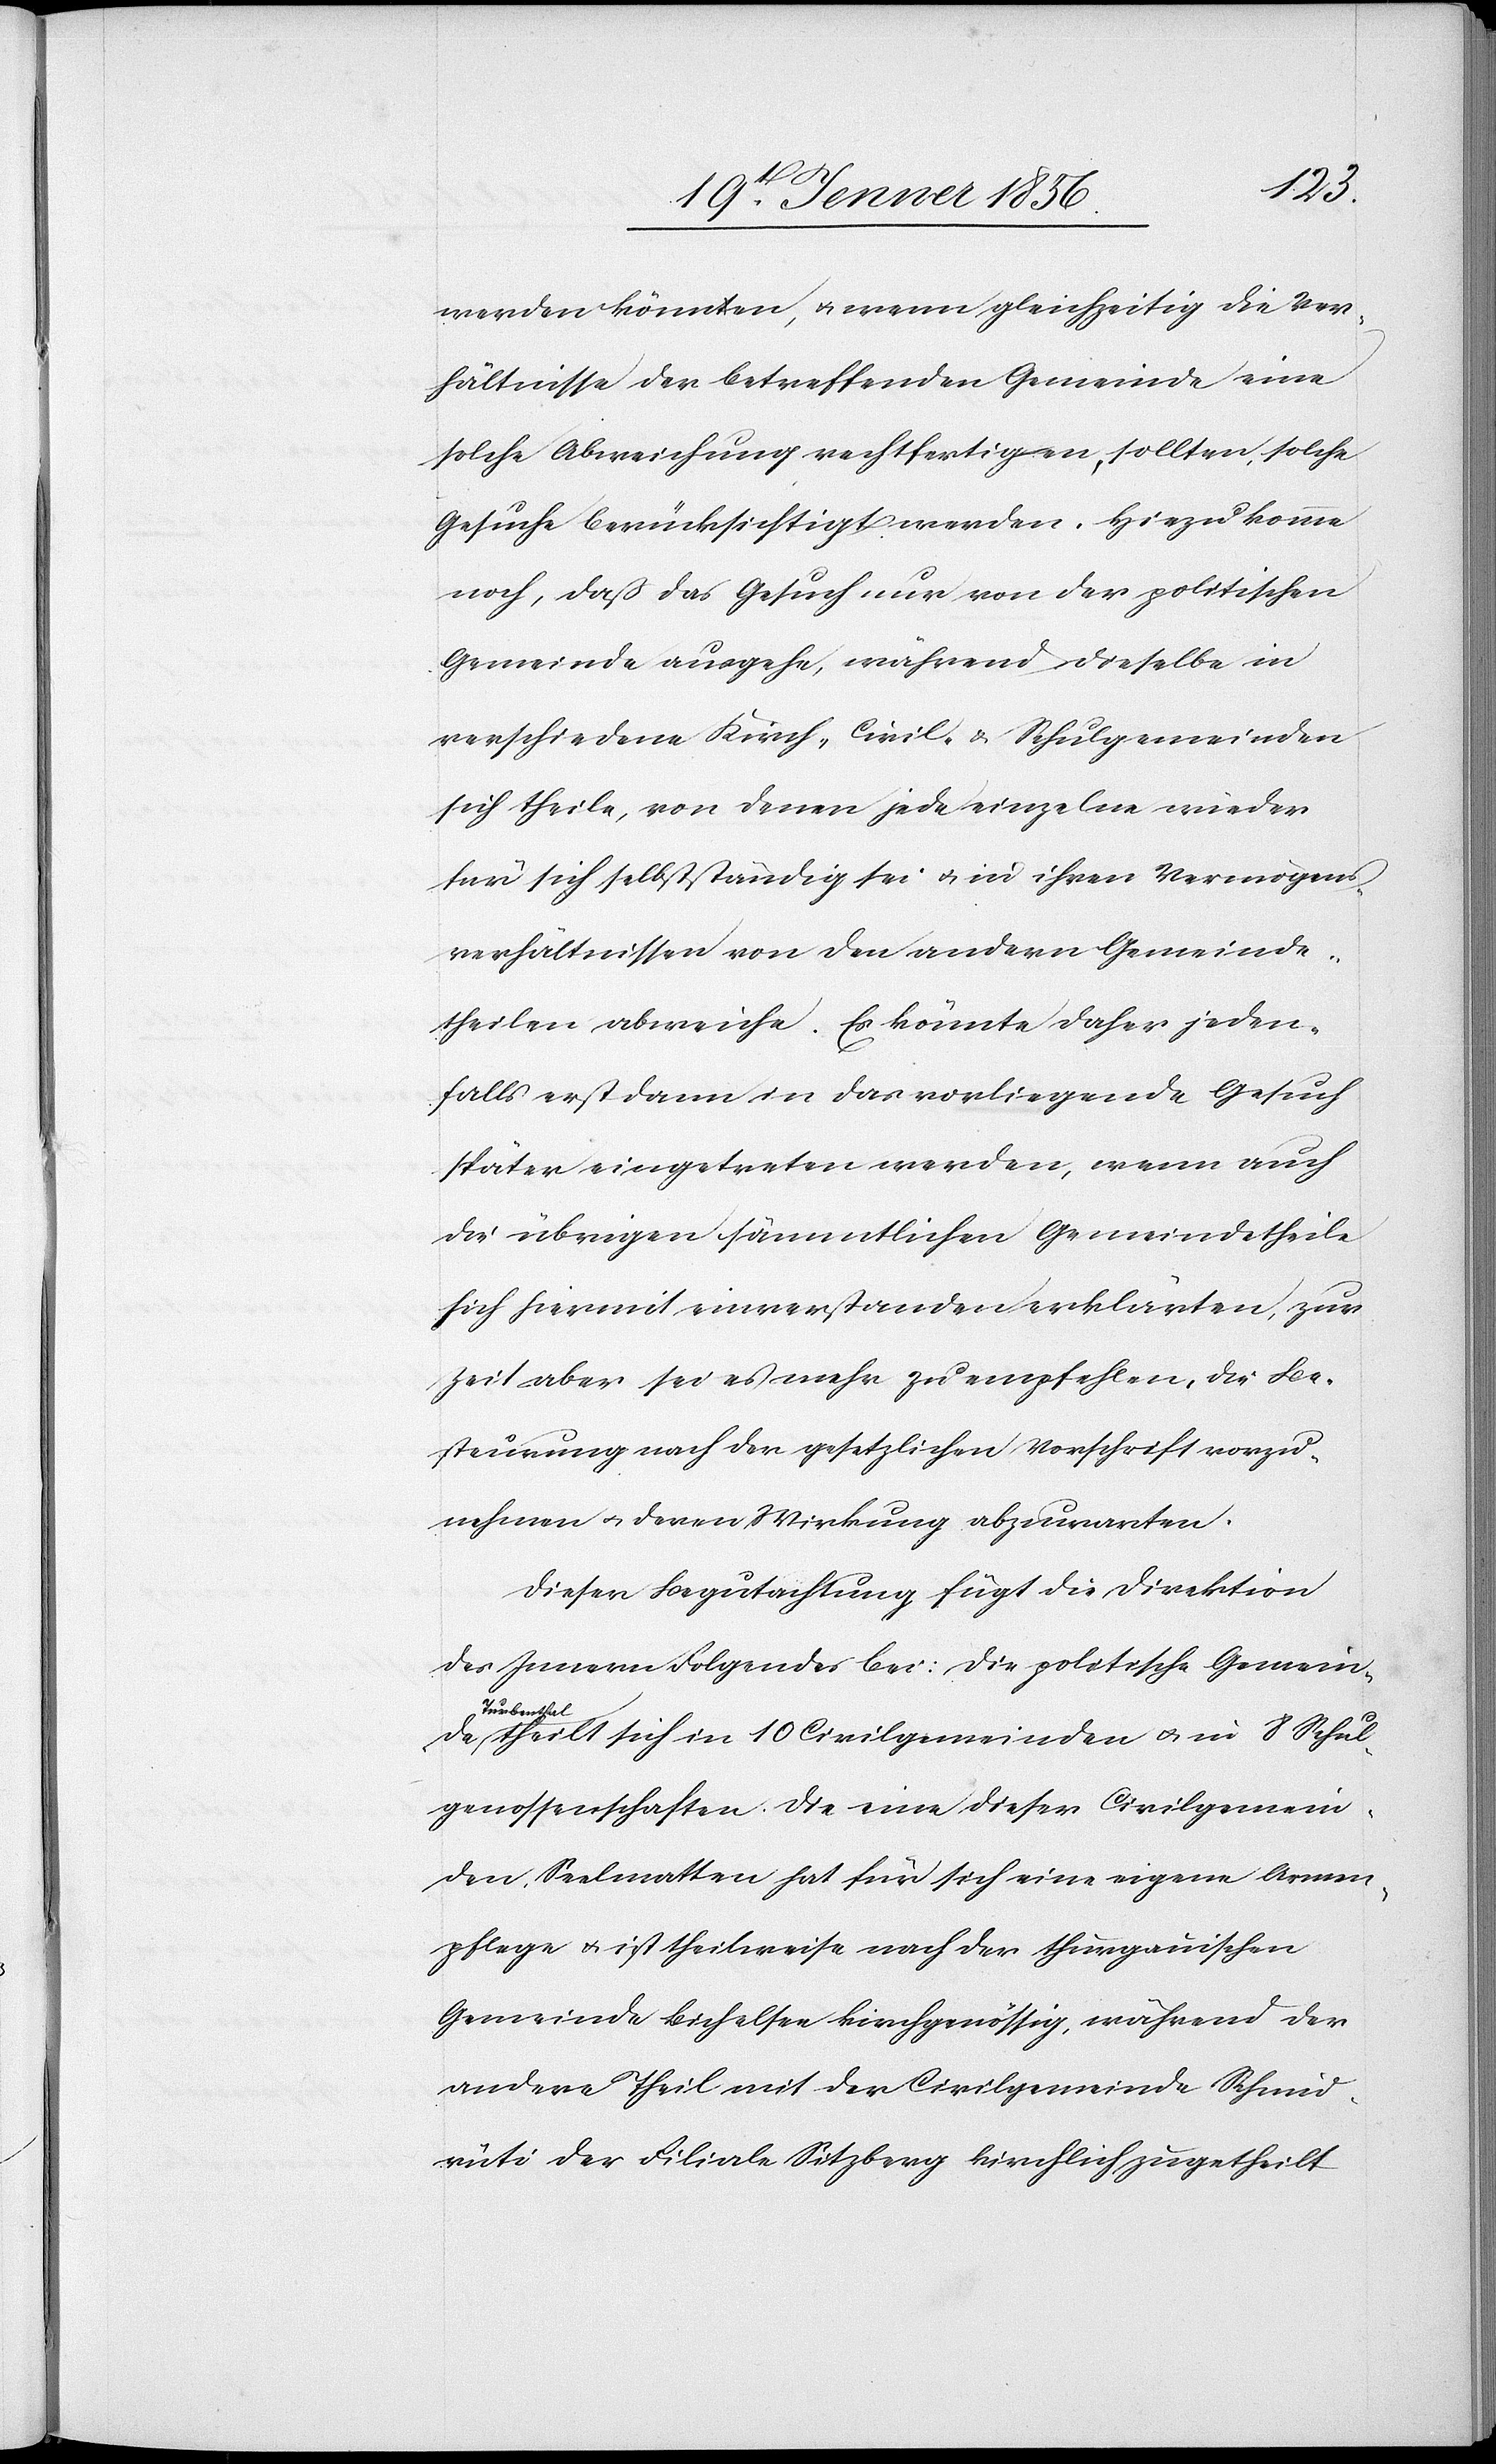
werden können, u. wenn gleichzeitig die Ver¬
hältnisse der betreffenden Gemeinde eine
solche Abweichung rechtfertigen, sollten, solche
Gesuche berücksichtigt werden, hinzu komme
noch, daß das Gesuch nur von der politischen
Gemeinde ausgehe, während dieselbe in
verschiedene Kirch- [,] Civil- u. Schulgemeinden
sich theile, von denen jede einzelne wieder
für sich selbstständig sei u. in ihren Vermögens¬
verhältnissen von den andern Gemeinde¬
theilen abweiche. Es könnte daher jeden¬
falls erst dann in das vorliegende Gesuch
später eingetreten werden, wenn auch
die übrigen sämmtlichen Gemeindetheile
sich hiermit einverstanden erklärten, zur
Zeit aber sei es mehr zu empfehlen, die Be¬
steuerung nach der gesetzlichen Vorschrift vorzu¬
nehmen u. deren Wirkung abzuwarten.
Dieser Begutachtung fügt die Direktion
des Innern Folgendes bei: Die politische Gemeinde
aTurbenthal¬
a theilt sich in 10 Civilgemeinden u. in 8 Schul¬
genossenschaften. Die eine dieser Civilgemein¬
den, Saalmatten hat für sich eine eigene Armen¬
pflege u. ist theilweise nach der thurgauischen
Gemeinde Bichelter kirchgenössig, während der
andere Theil mit der Civilgemeinde Schmid¬
rüti der Filiale Sitzberg kirchlich zugetheilt